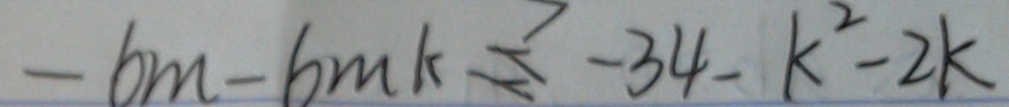
- 6 m - 6 m k = - 3 4 - k ^ { 2 } - 2 k